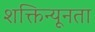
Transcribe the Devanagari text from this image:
शक्तिन्यूनता